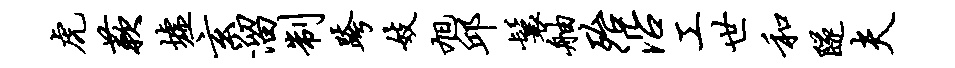
虎蔌墟玄溜制跨妓旭邱鬟舳殆沿工世和隧夫